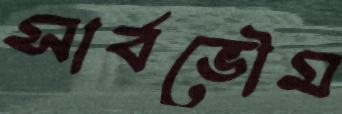
সার্বভৌম